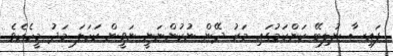
ފައިސާ ނުލިބޭ ކަންކަމުގައި މަރު ދޭން ނުކުންނަނީ ނަވީން ކަހަލަ މަދު މީހެކެވެ.